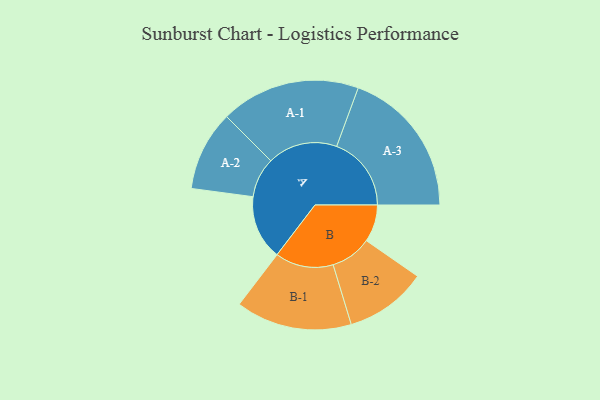
{"axis": {"x": "Segment", "y": "Value"}, "legend": ["", "A", "B"], "data": [{"x": "A", "y": 253, "type": ""}, {"x": "B", "y": 146, "type": ""}, {"x": "A-1", "y": 274, "type": "A"}, {"x": "A-2", "y": 157, "type": "A"}, {"x": "A-3", "y": 293, "type": "A"}, {"x": "B-1", "y": 228, "type": "B"}, {"x": "B-2", "y": 161, "type": "B"}]}